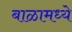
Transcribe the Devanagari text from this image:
बाळामध्ये